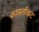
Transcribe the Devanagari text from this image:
कासलीकट